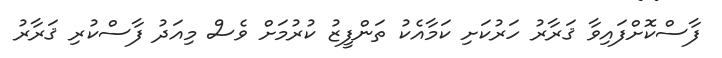
ފާސްކޮށްފައިވާ ޤަރާރު ހަރުކަށި ކަމާއެކު ތަންފީޒު ކުރުމަށް ވެސް މިއަދު ފާސްކުރި ޤަރާރު